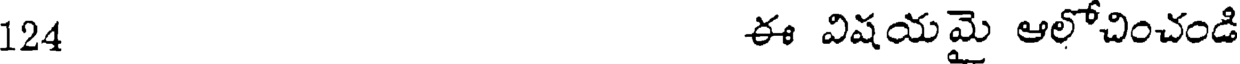
124 ఈ విషయమై ఆలోచించండి